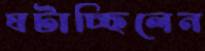
ঘটাচ্ছিলেন